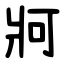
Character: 牁